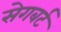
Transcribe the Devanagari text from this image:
सेगबर्ट